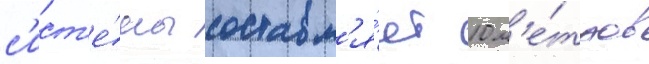
с'ист'е́мы составл'я́ет 10 м'е́тров